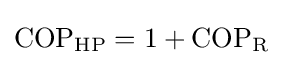
{\rm {COP_{HP}}}=1+{\rm {COP_{R}}}